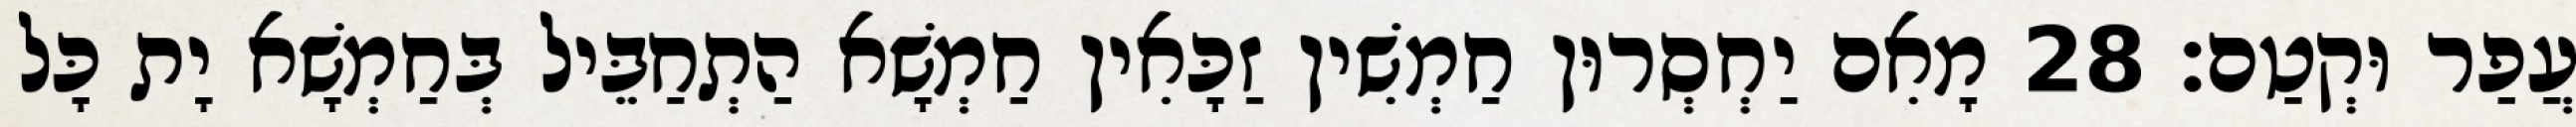
עֲפַר וּקְטַם׃ 28 מָאִם יַחְסְרוּן חַמְשִׁין זַכָּאִין חַמְשָׁא הַתְחַבֵּיל בְּחַמְשָׁא יָת כָּל